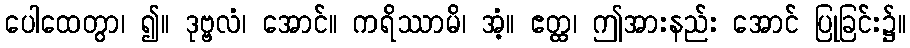
ပေါထေတွာ၊ ၍။ ဒုဗ္ဗလံ၊ အောင်။ ကရိဿာမိ၊ အံ့။ ဧတ္ထ၊ ဤအားနည်း အောင် ပြုခြင်း၌။